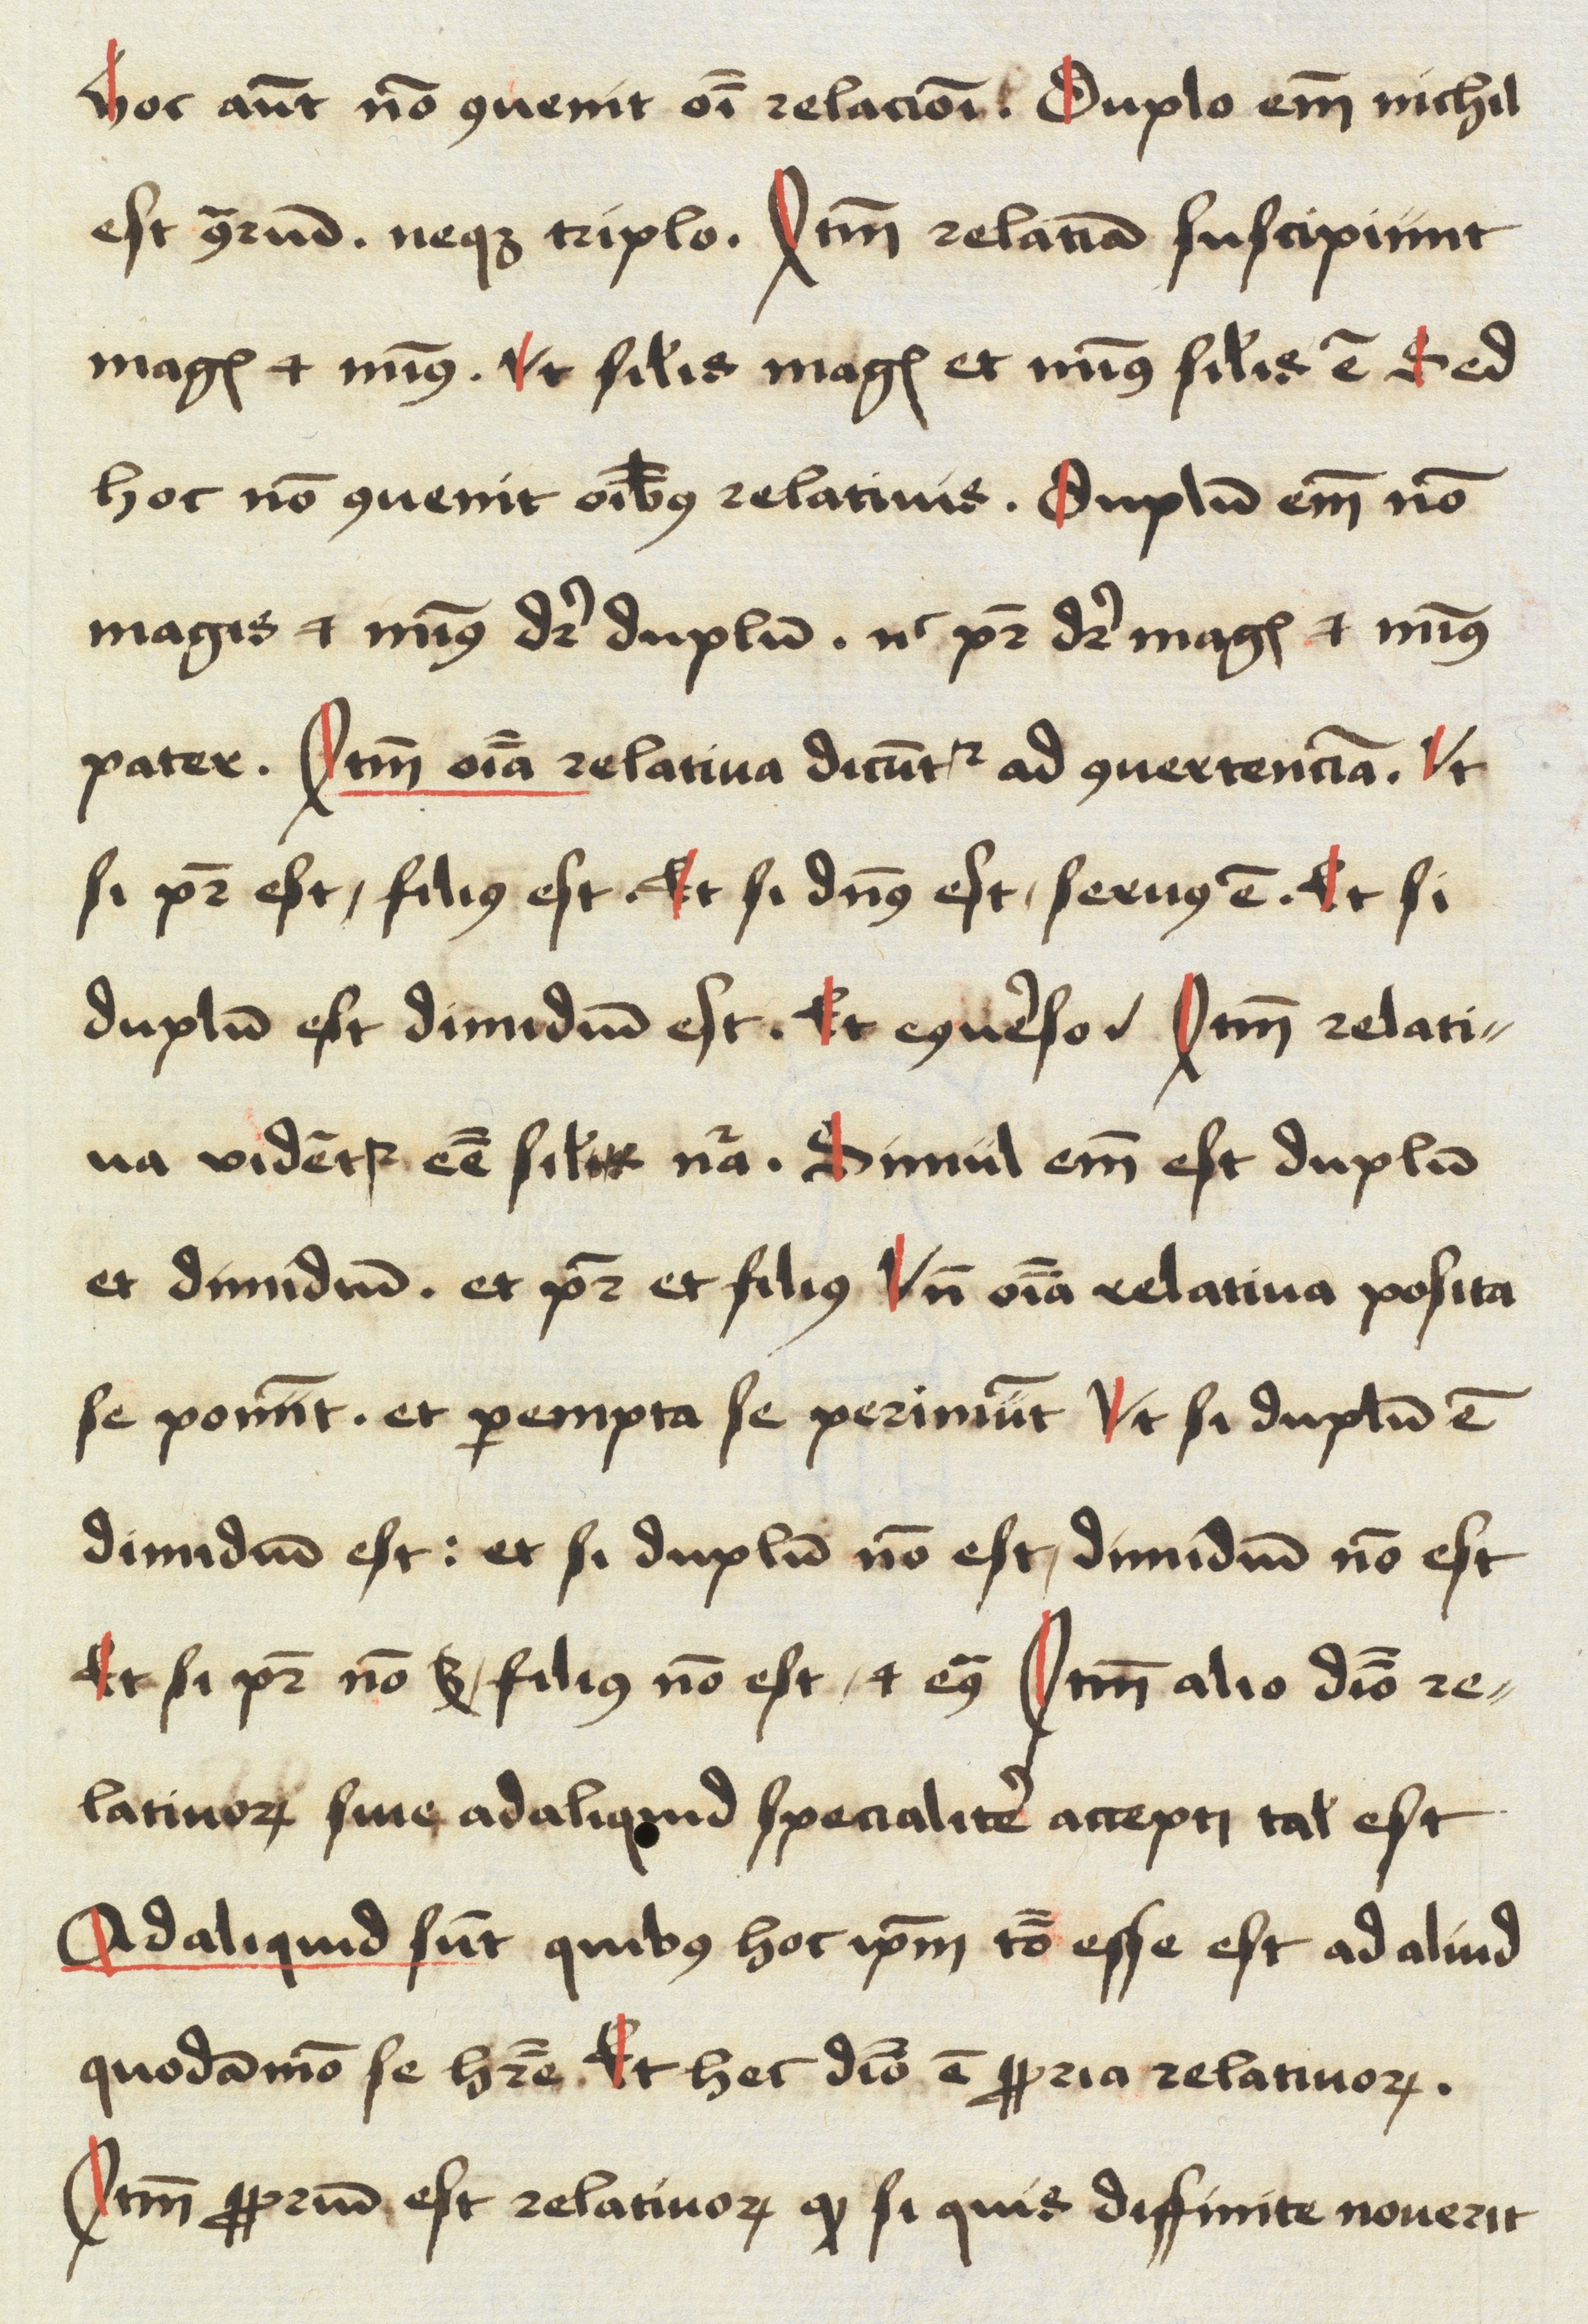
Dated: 1498–1499